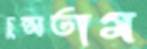
চুপ্‌সতাম